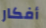
أفكار